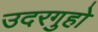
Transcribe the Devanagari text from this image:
उदरगुहो